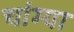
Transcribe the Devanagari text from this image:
चांग्या